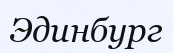
Эдинбург